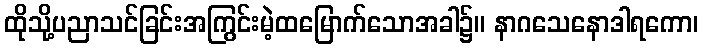
ထိုသို့ပညာသင်ခြင်းအကြွင်းမဲ့ထမြောက်သောအခါ၌။ နာဂသေနောဒါရကော၊